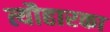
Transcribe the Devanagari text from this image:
त्यौहारका